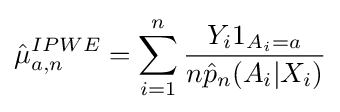
{\hat {\mu }}_{a,n}^{IPWE}=\sum _{i=1}^{n}{\frac {Y_{i}1_{A_{i}=a}}{n{\hat {p}}_{n}(A_{i}|X_{i})}}